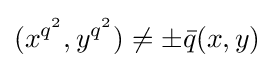
(x^{q^{2}},y^{q^{2}})\neq \pm {\bar {q}}(x,y)